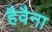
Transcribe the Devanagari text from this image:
हैवैना